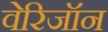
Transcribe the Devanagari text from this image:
वेरिजॉन